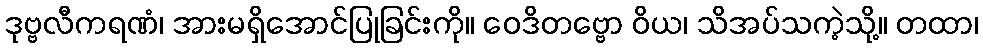
ဒုဗ္ဗလီကရဏံ၊ အားမရှိအောင်ပြုခြင်းကို။ ဝေဒိတဗ္ဗော ဝိယ၊ သိအပ်သကဲ့သို့။ တထာ၊